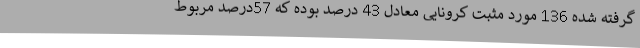
گرفته شده 136 مورد مثبت کرونایی معادل 43 درصد بوده که 57درصد مربوط